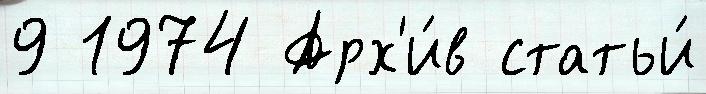
9 1974 Арх'и́в статьи́